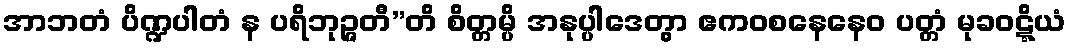
အာဘတံ ပိဏ္ဍပါတံ န ပရိဘုဉ္ဇတီ”တိ စိတ္တမ္ပိ အနုပ္ပါဒေတွာ ဧကဝစနေနေဝ ပတ္တံ မုခဝဋ္ဋိယံ